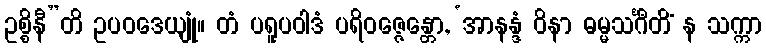
ဥစ္စိနီ”တိ ဥပဝဒေယျုံ။ တံ ပရူပဝါဒံ ပရိဝဇ္ဇေန္တော, ‘အာနန္ဒံ ဝိနာ ဓမ္မသင်္ဂီတိံ န သက္ကာ